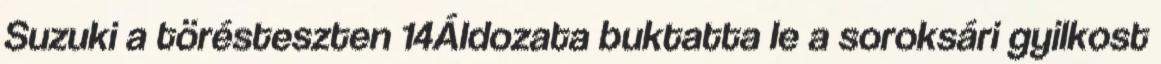
Suzuki a törésteszten 14Áldozata buktatta le a soroksári gyilkost